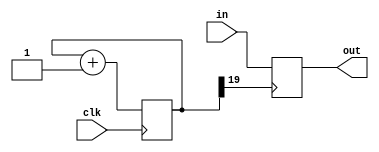
/*
    debouncer: standard debouncer for the signal inputted through in,
    outputting the debunced signal through out.
*/
module debouncer (input clk,
                  input in,
                  output reg out);
    
    reg [19:0] count;
    
    always @(posedge clk)
        count <= count + 1'b1;
    
    always @(posedge count[19])
        out <= in;
    
endmodule